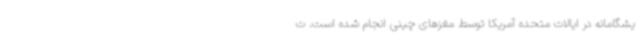
یشگامانه در ایالات متحده آمریکا توسط مغزهای چینی انجام شده است. ت